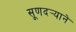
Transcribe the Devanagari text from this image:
सूणदर्‍याने